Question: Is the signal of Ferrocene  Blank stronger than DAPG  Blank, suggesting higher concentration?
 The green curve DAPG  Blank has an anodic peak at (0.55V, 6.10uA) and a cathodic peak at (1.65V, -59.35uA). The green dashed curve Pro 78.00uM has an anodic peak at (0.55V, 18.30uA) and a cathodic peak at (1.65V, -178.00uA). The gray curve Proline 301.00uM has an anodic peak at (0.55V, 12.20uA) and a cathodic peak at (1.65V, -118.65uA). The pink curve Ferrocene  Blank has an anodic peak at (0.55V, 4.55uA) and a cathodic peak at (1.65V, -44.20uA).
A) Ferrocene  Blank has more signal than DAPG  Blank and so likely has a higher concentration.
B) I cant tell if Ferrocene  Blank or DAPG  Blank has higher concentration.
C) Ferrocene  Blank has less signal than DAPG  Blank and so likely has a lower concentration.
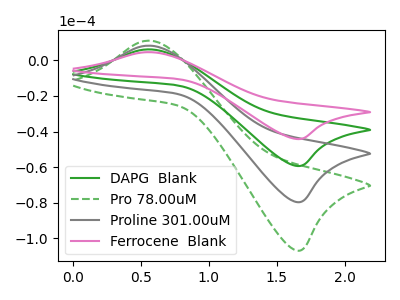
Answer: <think>All the peaks in "Ferrocene  Blank" have a peak in "DAPG  Blank" at the same potential. Every peak in "Ferrocene  Blank" is lower than every peak in "DAPG  Blank".
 </think>
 <answer>C) "Ferrocene  Blank" has less signal than "DAPG  Blank" and so likely has a lower concentration.</answer>
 <eval>C</eval>